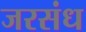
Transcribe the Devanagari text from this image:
जरसंध